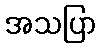
အသပြာ